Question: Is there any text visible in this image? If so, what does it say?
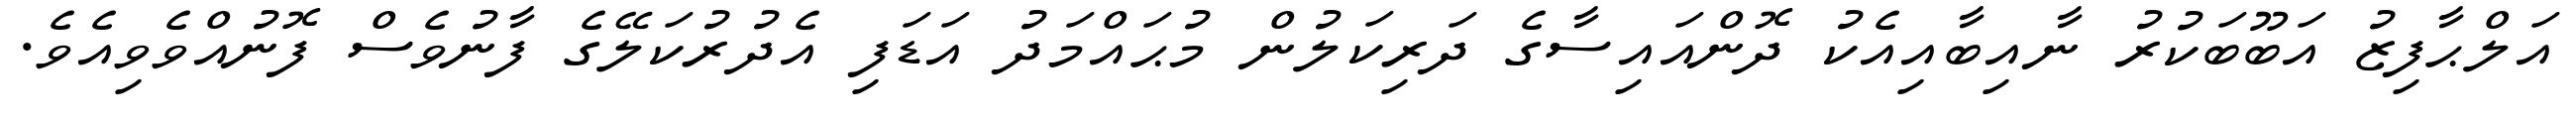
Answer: އަލްޙާފިޒު އަބޫބަކުރު ނާއިބާއިއެކު ދޮންއައިސާގެ ދަރިކަލުން މުޙައްމަދު އަޑަފި އެދުރުކަލޭގެ ފާނުވެސް ފޮނުއްވެވިއެވެ.